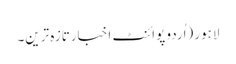
لاہور (اُردو پوائنٹ اخبارتازہ ترین۔